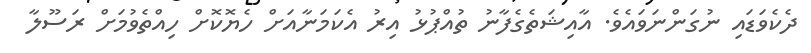
ދެކެވަޑައި ނުގަންނަވައެވެ. އާއިޝަތެގެފާނު ތުއްޕުޅު އިރު އެކަމަނާއަށް ހެޔޮކޮށް ހިއްތެވުމަށް ރަސޫލާ